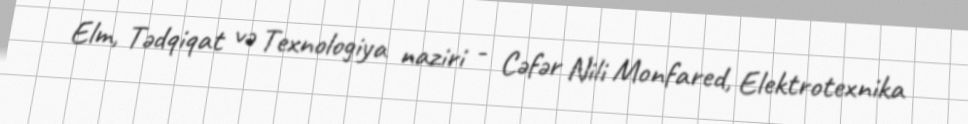
Elm, Tədqiqat və Texnologiya naziri - Cəfər Nili Monfared, Elektrotexnika